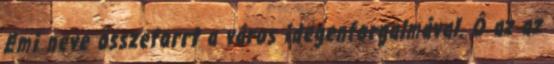
Emi neve összeforrt a város idegenforgalmával. Ô az az